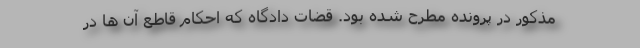
مذکور در پرونده مطرح شده بود. قضات دادگاه که احکام قاطع آن ها در